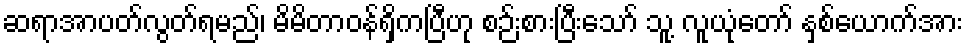
ဆရာအာပတ်လွတ်ရမည်၊ မိမိတာဝန်ရှိကပြီဟု စဉ်းစားပြီးသော် သူ့ လူယုံတော် နှစ်ယောက်အား